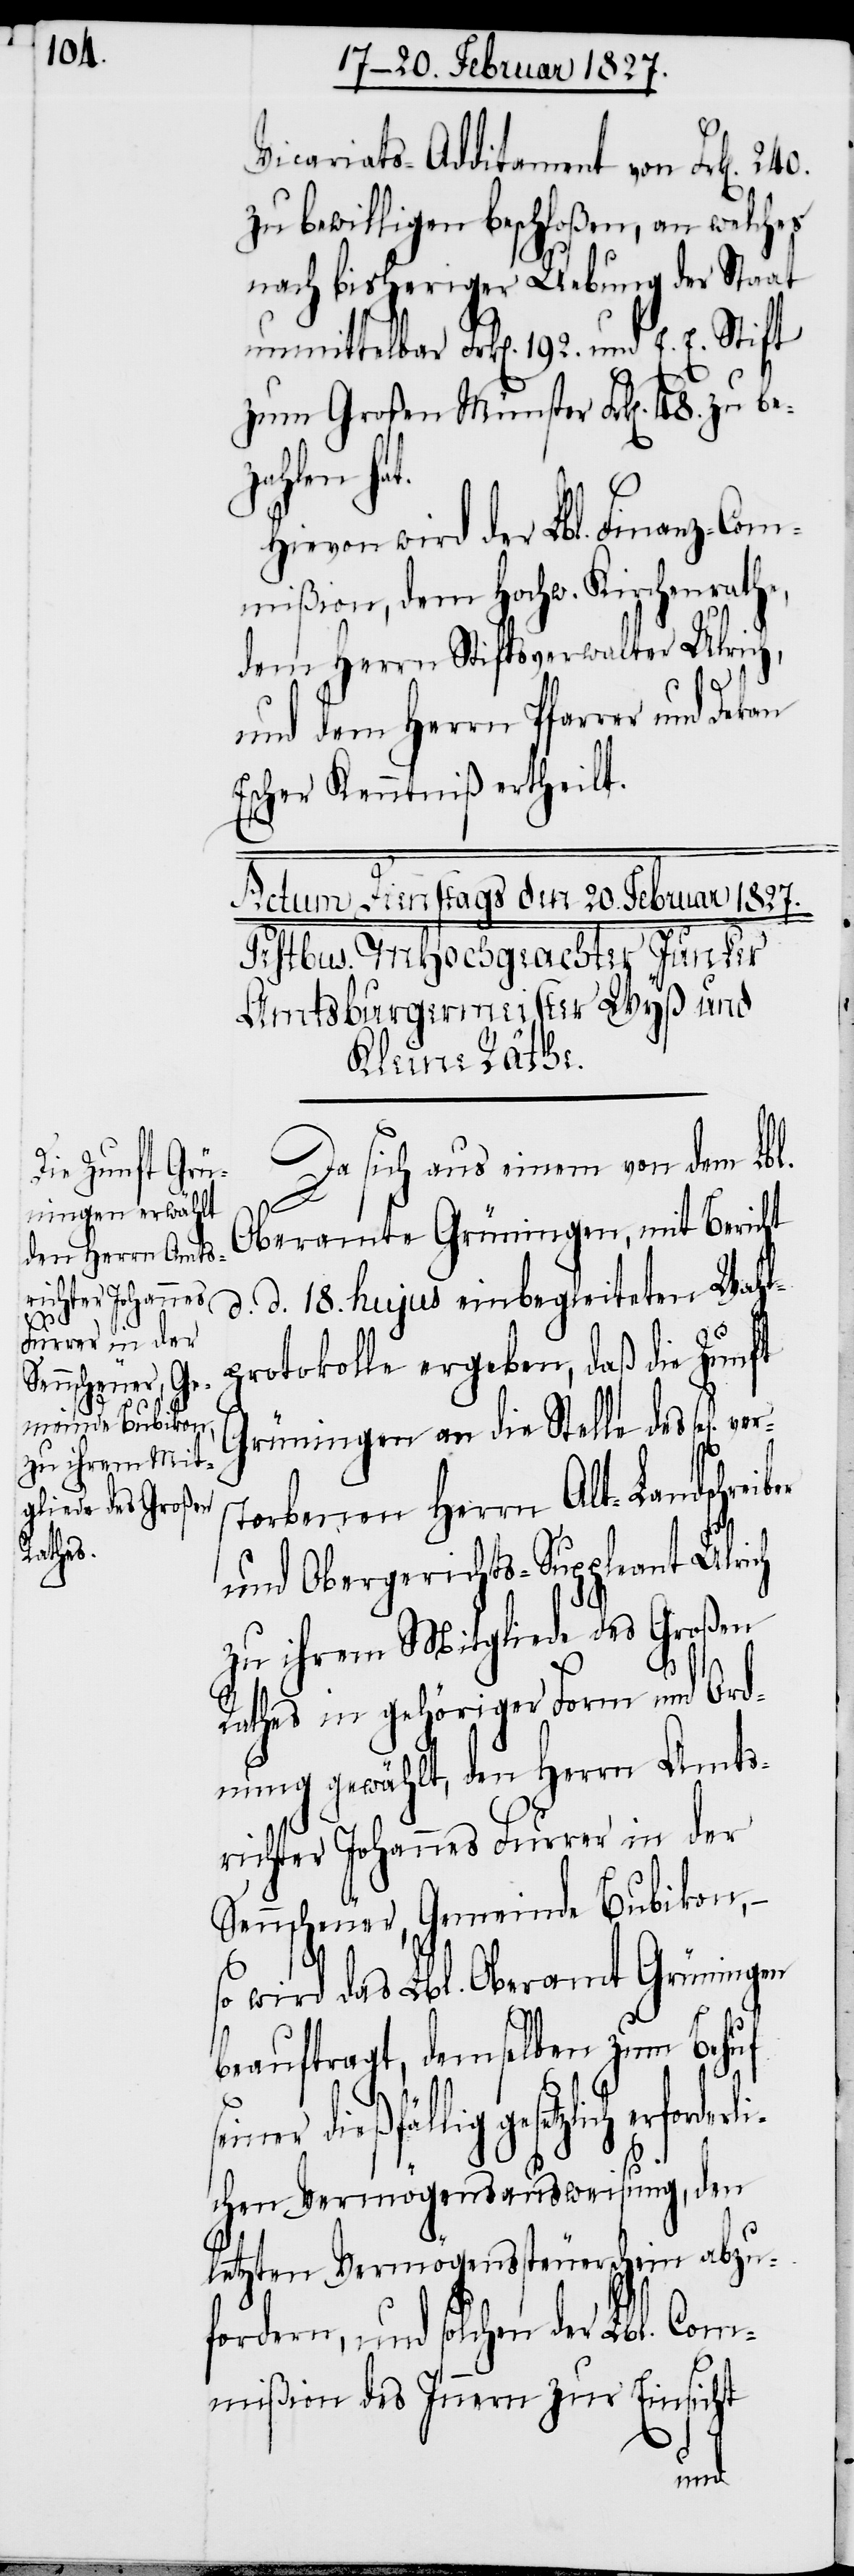
ber

Vicariats-Additament von Frk[en].
zu bewilligen beschloßen, an welches
nach bisheriger Uebung der Staat
unmittelbar Frk[en]. 192. und E. E. Stift
zum Großen Münster Frk[en]. 48.
Hievon wird der Lbl. Finanz-Com¬
mißion, dem Hochw. Kirchenrath,
dem Herrn Stiftsverwalter Ulric¬
und dem Herrn Pfarrer und
Escher Kenntniß ertheilt.
Da sich aus einem von dem Lbl.
Oberamte Grüningen, mit Bericht
d. d. 18. hujus einbegleiteten Wahl¬
protokolle ergeben, daß die Zunft
Grüningen an die Stelle des sel[ig]
torbenen Herrn Alt-Landschrei¬
und Obergerichts-Suppleant Ulrich
zu ihrem Mitgliede des Großen
Raths in gehöriger Form und Ord¬
nung gewählt, den Herrn Amts¬
richter Johannes Furrer in der
Sennscheuer, Gemeinde Bubikon,
–
so wird das Lbl. Oberamt Grüningen
beauftragt, demselben zum Behuf
setzlich erforderli¬
chen Vermögensausweisung, den
letzten Vermögenssteuerschein abzu¬
fordern, und solchen der Lbl. Com¬
mißion des Innern zur Einsicht